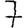
Digit: 7